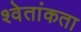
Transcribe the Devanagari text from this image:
श्वेतांकता